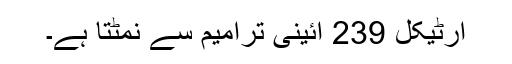
آرٹیکل 239 آئینی ترامیم سے نمٹتا ہے۔